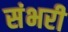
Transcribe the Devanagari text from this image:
संभरी